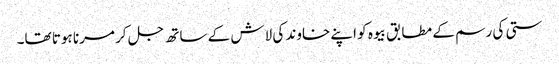
ستی کی رسم کے مطابق بیوہ کو اپنے خاوند کی لاش کے ساتھ جل کر مرنا ہوتا تھا۔